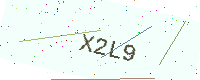
Text: X2L9